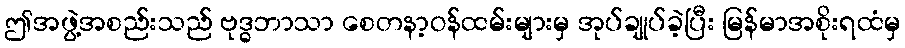
ဤအဖွဲ့အစည်းသည် ဗုဒ္ဓဘာသာ စေတနာ့ဝန်ထမ်းများမှ အုပ်ချုပ်ခဲ့ပြီး မြန်မာအစိုးရထံမှ